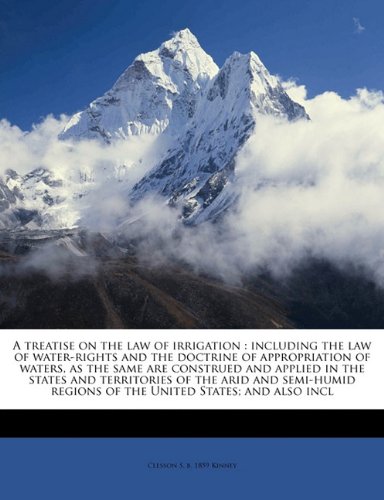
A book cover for A treatise on the law of irrigation: including the law of water-rights and the doctrine of appropriation of waters, as the same are construed and ... regions of the United States; and also incl; Clesson S. b. 1859 Kinney; Science & Math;